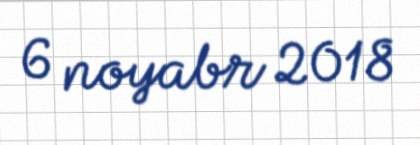
6 noyabr 2018